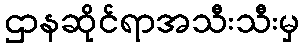
ဌာနဆိုင်ရာအသီးသီးမှ